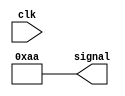
module initial_value_assignment (
    input wire clk,
    output reg [7:0] signal
);

initial begin
    signal = 8'b10101010; // Assigning initial value to signal
end

always @(posedge clk) begin
    // Other statements or processes that may change the value of signal
end

endmodule